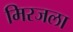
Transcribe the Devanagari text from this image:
मिरजला